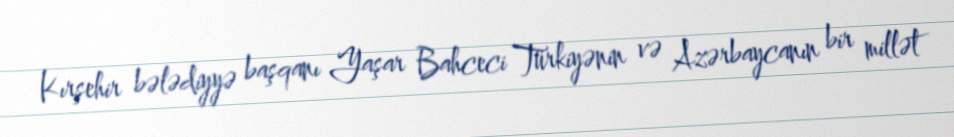
Kırşehir bələdiyyə başqanı Yaşar Bahceci Türkiyənin və Azərbaycanın bir millət